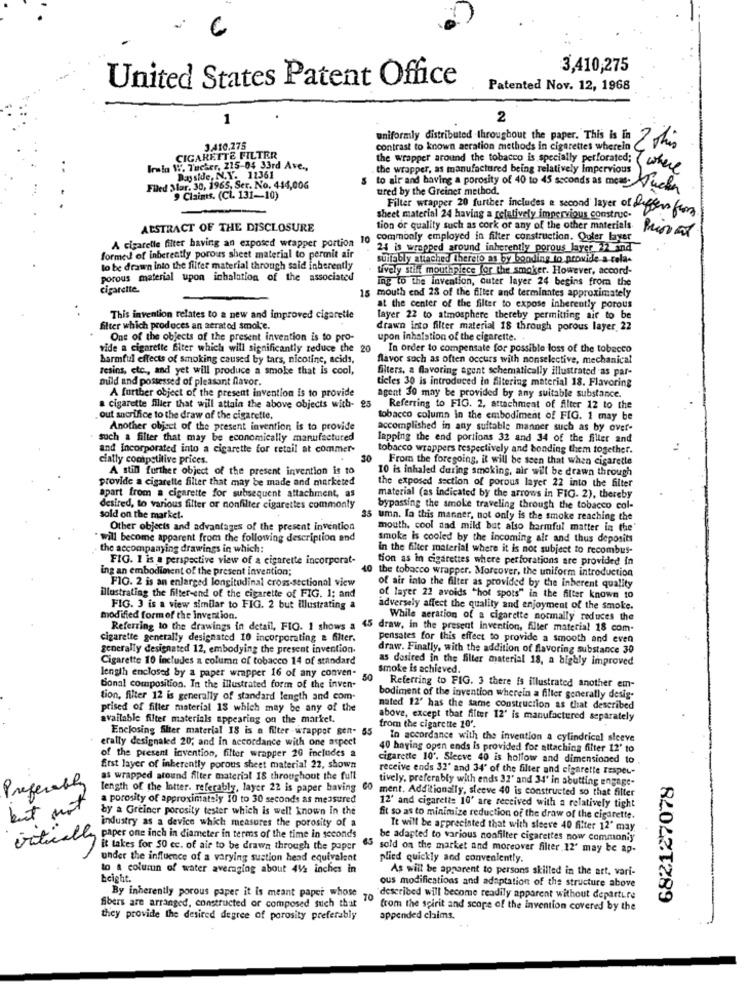
6
3,410,275
United States Patent Office
Patented Nov. 12, 1968
1
2
uniformly distributed throughout the paper. This is In 7 shis
3.410.275
contrast to known aeration methods in cigarettes wherein
CIGARETTE FILTER
Irsin W. Tucher, 215-04 33rd Ave .,
the wrapper, as manufactured being relatively Impervious
the wrapper around the tobacco is specially perforated: (where
Bayside, N.Y. 12361
Filed Mar. 30, 1965, Ser. No. 444,006
to air and having a porosity of 40 to 45 seconds as moms. Ducha
tired by the Greiner method.
9 Claims. (Cl. 131-10)
Filter wrapper 20 further includes a second layer of differs for
sheet material 24 having a relatively impervious construc-
ABSTRACT OF THE DISCLOSURE
tion of quality such as cork of any of the other materials
10 commonly employed in filter construction. Outer layer
A cigarelle filter having an exposed wrapper portion
24 is wrapped around inherently porous layer 22 and
formed of inherently porous sheet material to permit air
suitably attached thereto as by booding to provide a-cela-
to be drawn into the filter material through said inherently
tively stilt mouthpiece for the smoker. However, accord-
porous material upon inhalation of the associated
ing to the invention, outer layer 24 begins from the
cigarette.
mouth end 28 of the filter and terminates approximately
at the center of the filter to expose inherently porous
This invention relates to a new and improved cigaretle
layer 22 to atmosphere thereby permitting air to be
filter which produces an aerated smol;e.
drawn into filter material 18 through porous layer 22
One of the objects of the present invention is to pro-
upon inhalation of the cigarette.
vide a cigarette filter which will significantly reduce the 20 In order to compensate for possible loss of the tobacco
harmful effects of smoking caused by tars, nicotine, acids,
flavor such as often occurs with nonselective, mechanical
resins, etc ., and yet will produce a smoke that is cool,
filters, a flavoring agent schematically illustrated as par-
mild and possessed of pleasant flavor.
ticles 30 is introduced in Altering material 18. Flavoring
A further object of the present invention is to provide
agent 30 may be provided by any suitable substance.
a cigarette filier that will attain the above objects with- 25
Referring to FIG. 2, attachment of filter 12 to the
out sacrifice to the draw of the cigarette,
tobacco column in the embodiment of FIG. 1 may be
Another object of the present invention is to provide
accomplished in any suitable manner such as by over-
such a filter that may be economically manufactured
lapping the end portions 32 and 34 of the filter and
and incorporated into a cigarette for retail at commer-
tobacco wrappers respectively and bonding them together.
cially competitive prices.
20
From the foregoing, it will be seen that when cigarette
A still further object of the present invention is to
10 is inhaled during smoking, air will be drawn through
provide a cigarette filter that may be made and marketed
the exposed section of porous layer 22 into the filter
apart from a cigarette for subsequent attachment, as
material (as indicated by the arrows in FIG. 2), thereby
desired, to various filter or nonfilter cigarettes commonly
bypassing the smoke traveling through the tobacco col-
sold on the market.
35 umn. la this manner, not only is the smoke reaching the
Other objects and advantages of the present invention
mouth, cool and mild but also harmful matter in the'
will become apparent from the following description and
smoke is cooled by the incoming air and thus deposits
the accompanying drawings in which:
In the filter material where it is not subject to recombus-
FIG. 1 is a perspective view of a cigarette incorporat-
tion as in cigarettes where perforations are provided in
ing an embodiment of the present invention;
F10. 2 is an enlarged longitudinal cross-sectional view
40 the tobacco wrapper. Moreover, the uniform introduction
of air into the filter as provided by the inherent quality
illustrating the filter-end of the cigarette of FIG. 1; and
of layer 22 avoids "hot spots" in the filter known to
FIG. 3 is a view similar to FIG. 2 but illustrating a
adversely affect the quality and enjoyment of the smoke.
modified formof the invention.
While aeration of a cigarette normally reduces the
Referring to the drawings in detail, FIG. 1 shows a 45 draw, in the present Invention, filter material 18 com-
cigarette generally designated 10 incorporating a filter.
pensates for this effect to provide a smooth and even
generally designated 12, embodying the present invention.
draw. Finally, with the addition of flavoring substance 30
Cigarette 10 includes a column of tobacco 14 of standard
as desired in the filter material 18, a highly improved
smoke is achieved.
length enclosed by a paper wrapper 16 of any conven-
50
Bonal composition. In the illustrated form of the inven-
Referring to FIG. 3 there is illustrated another em-
tion, filter 12 is generally of standard length and com.
bodiment of the invention wherein a filter generally desig-
prised of filter material 18 which may be any of the
mated 12' has the same construction as that described
available filter materials appearing on the market.
above, except that filter 12' is manufactured separately
Enclosing Siter material 18 is a filter -wrappor gen- 55
from the cigarette 10'.
erally designaled 20; and in accordance with one aspect
In accordance with the invention a cylindrical sleeve
of the present invention, filter wrapper 20 includes a
40 having open ends is provided for attaching filter 12' to
cigarette 10'. Sleeve 40 is hollow and dimensioned to
ftst layer of inherently porous sheet material 22, shown
receive ends 32' and 34' of the filter and cigarette lesper-
as wrapped around filter material 18 throughout the full
tively, preferably with ends 37' and 34' in abutting engage-
682127078
Preferably
length of the lotter. referably, layer 22 is paper having
CO ment. Additionally, sleeve 40 is constructed so that filter
a porosity of approximately 10 to 30 seconds as measured
but no
by a Greiner porosity tester which is well known In the
12' and cigarette 10' are received with a relatively tight
industry as a device which measures the porosity of a
fit so as to minimize reduction of the draw of the cigarette.
It will be appreciated that with sleeve 40 filter 12" may
be adapted to various noafilter cigarettes now commonly
critically paper one inch in diameter in terms of the time in seconds
it takes for 50 cc. of air to be drawn through the paper
65 sold on the market and moreover filter 12' may be ap-
under the influence of a varying suction head equivalent
plied quickly and conveniently.
to a column of water averaging about 412 inches in
As will be apparent to persons skilled in the art, vari-
Eeight.
ous modifications and adaptation of the structure above
By inherently porous paper it is meant paper whose
described will become readily apparent without departure
fibers are arranged, constructed or composed such that
from the spirit and scope of the invention covered by the
they provide the desired degree of porosity preferably
appended chaims.